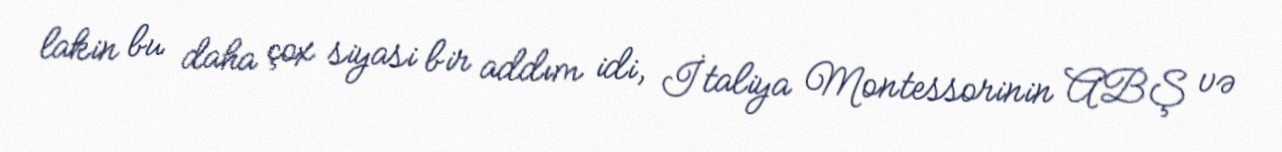
lakin bu daha çox siyasi bir addım idi, İtaliya Montessorinin ABŞ və